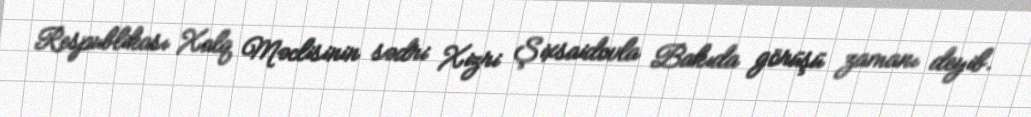
Respublikası Xalq Məclisinin sədri Xizri Şixsaidovla Bakıda görüşü zamanı deyib.